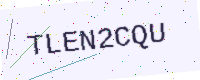
Text: TLEN2CQU